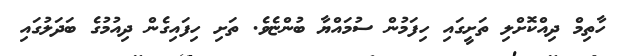
ހާތިމް ދިއްކޮށްލި ތަށީގައި ހިފަމުން ސުމައްޔާ ބުންޏެވެ. ތަށި ހިފައިގެން ދިއުމުގެ ބަދަލުގައި